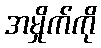
အမှိုက်ကို